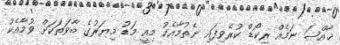
ޚާއްޞަ ނަމެއް ރިކޯޑް ކުރެވިފައި ނެތުމާއެކު މިއީ މަޑު މިޔަރުގެ ބާވަތަކަށް ވުމާއެކު